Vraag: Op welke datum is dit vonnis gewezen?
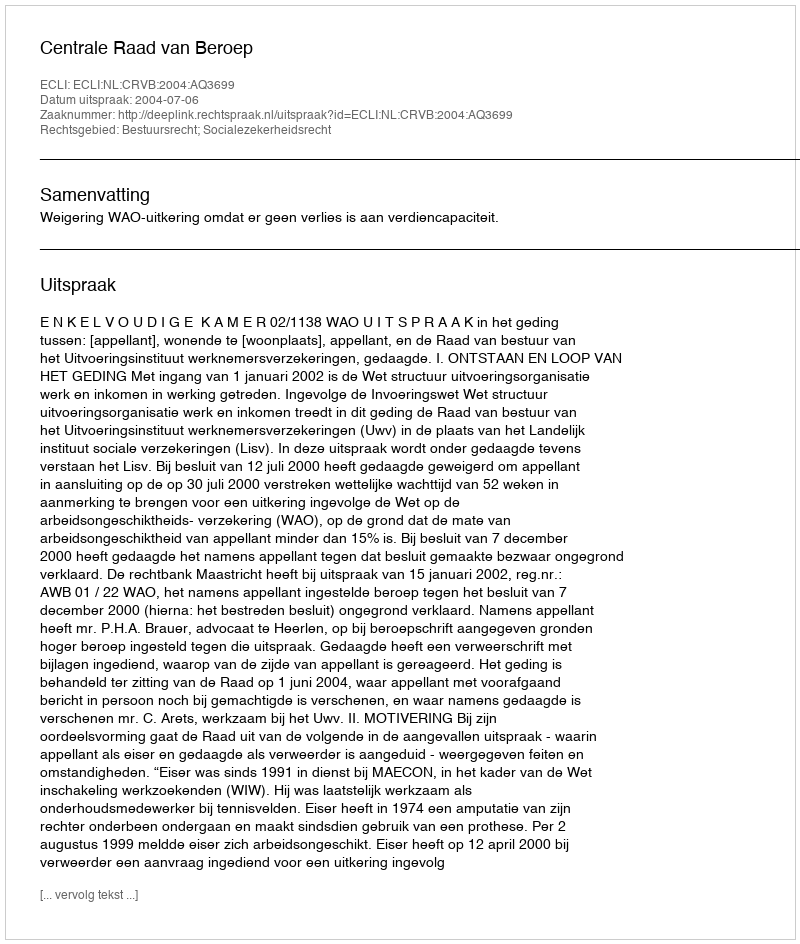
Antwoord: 2004-07-06